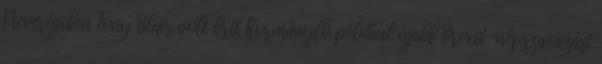
Nemrégiben Tony Blair volt brit kormányfő például újabb Brexit-népszavazást